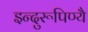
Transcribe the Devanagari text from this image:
इन्दुरूपिण्यै